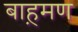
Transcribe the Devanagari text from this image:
बाह़मण